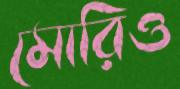
মোরিও